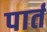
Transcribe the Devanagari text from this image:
पार्त